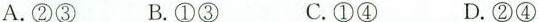
A.②③ B.①③ C.①④ D.②④